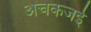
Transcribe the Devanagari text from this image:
अचकजई